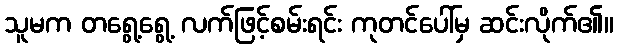
သူမက တရွေ့ရွေ့ လက်ဖြင့်စမ်းရင်း ကုတင်ပေါ်မှ ဆင်းလိုက်၏။